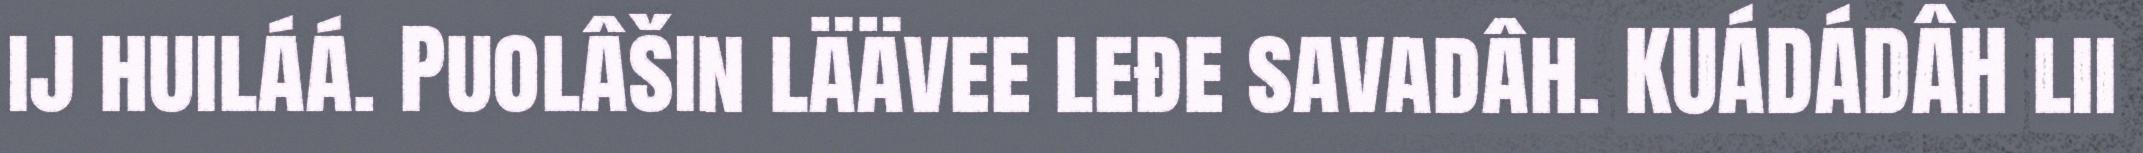
ij huiláá. Puolâšin läävee leđe savadâh. KUÁDÁDÂH lii